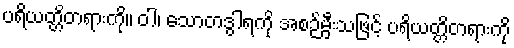
ပရိယတ္တိတရားကို။ ဝါ၊ သောတဒွါရကို အစဉ်မှီးသဖြင့် ပရိယတ္တိတရားကို